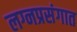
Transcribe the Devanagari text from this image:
लग्नप्रसंगात